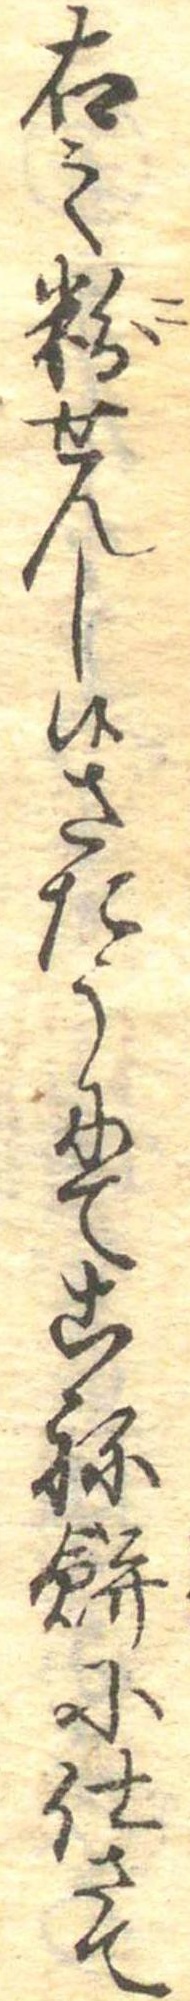
右之粉せんし候さたうにてこね餅に仕さて